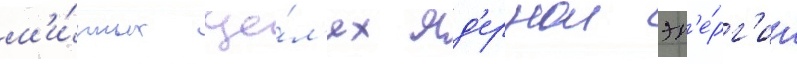
м'и́рных це́л'ях яд'ернои эн'е́рг'ии